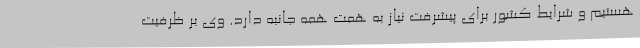
هستیم و شرایط کشور برای پیشرفت نیاز به همت همه جانبه دارد. وی بر ظرفیت